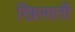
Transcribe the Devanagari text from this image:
खिलातीं